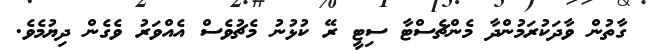
ގާތުން ވާދަކުރަމުންދާ މެންޗެސްޓާ ސިޓީ ރޭ ކުޅުނު މެޗުވެސް އެއްވަރު ވެގެން ދިޔުމެވެ.